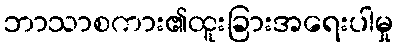
ဘာသာစကား၏ထူးခြားအရေးပါမှု